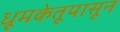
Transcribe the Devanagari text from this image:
धूमकेतूपासून